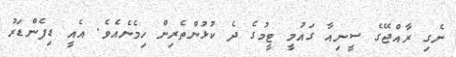
ނެގި ރާއްޖޭގެ ސީނިއާ ގައުމީ ޓީމުގެ ދެ ކުޅުންތެރިން ހިމެނެއެވެ. އެއީ ޑިފެންޑަރު